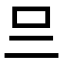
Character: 𠮡